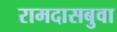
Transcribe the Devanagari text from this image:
रामदासबुवा